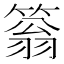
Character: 䈵